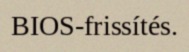
BIOS-frissítés.